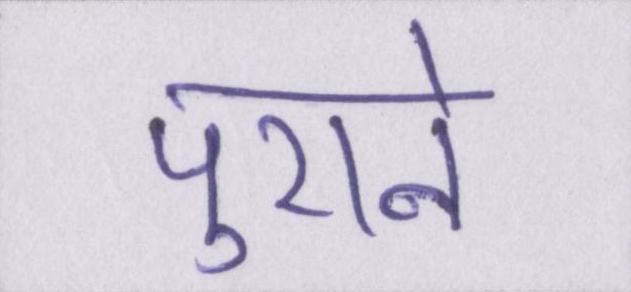
पुराने